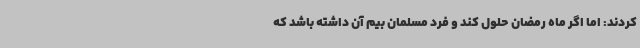
کردند: اما اگر ماه رمضان حلول کند و فرد مسلمان بیم آن داشته باشد که